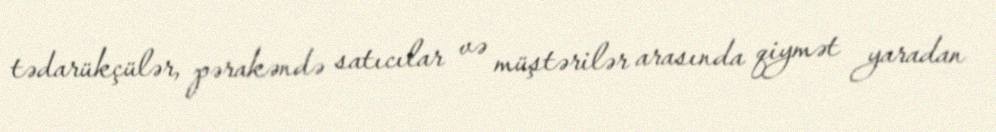
tədarükçülər, pərakəndə satıcılar və müştərilər arasında qiymət yaradan